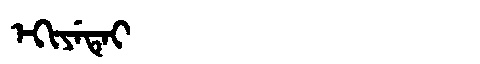
Manchu: ᡝᡴᡳᠶᡝᡨᡝᡳ
Romanization: EKIYETEI